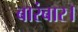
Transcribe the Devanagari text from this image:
बारंबार।